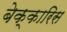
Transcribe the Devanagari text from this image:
बेक्कारिस